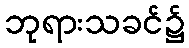
ဘုရားသခင်၌